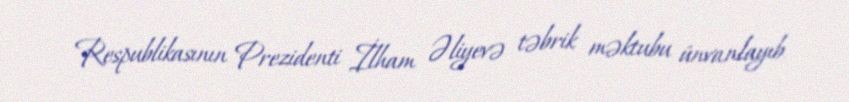
Respublikasının Prezidenti İlham Əliyevə təbrik məktubu ünvanlayıb.